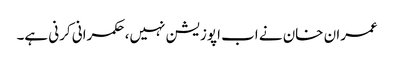
عمران خان نے اب اپوزیشن نہیں، حکمرانی کرنی ہے۔